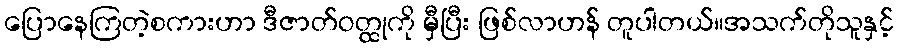
ပြောနေကြတဲ့စကားဟာ ဒီဇာတ်ဝတ္ထုကို မှီပြီး ဖြစ်လာဟန် တူပါတယ်။အသက်တိုသူနှင့်